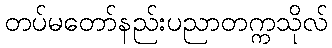
တပ်မတော်နည်းပညာတက္ကသိုလ်